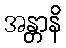
အန္တာနိ